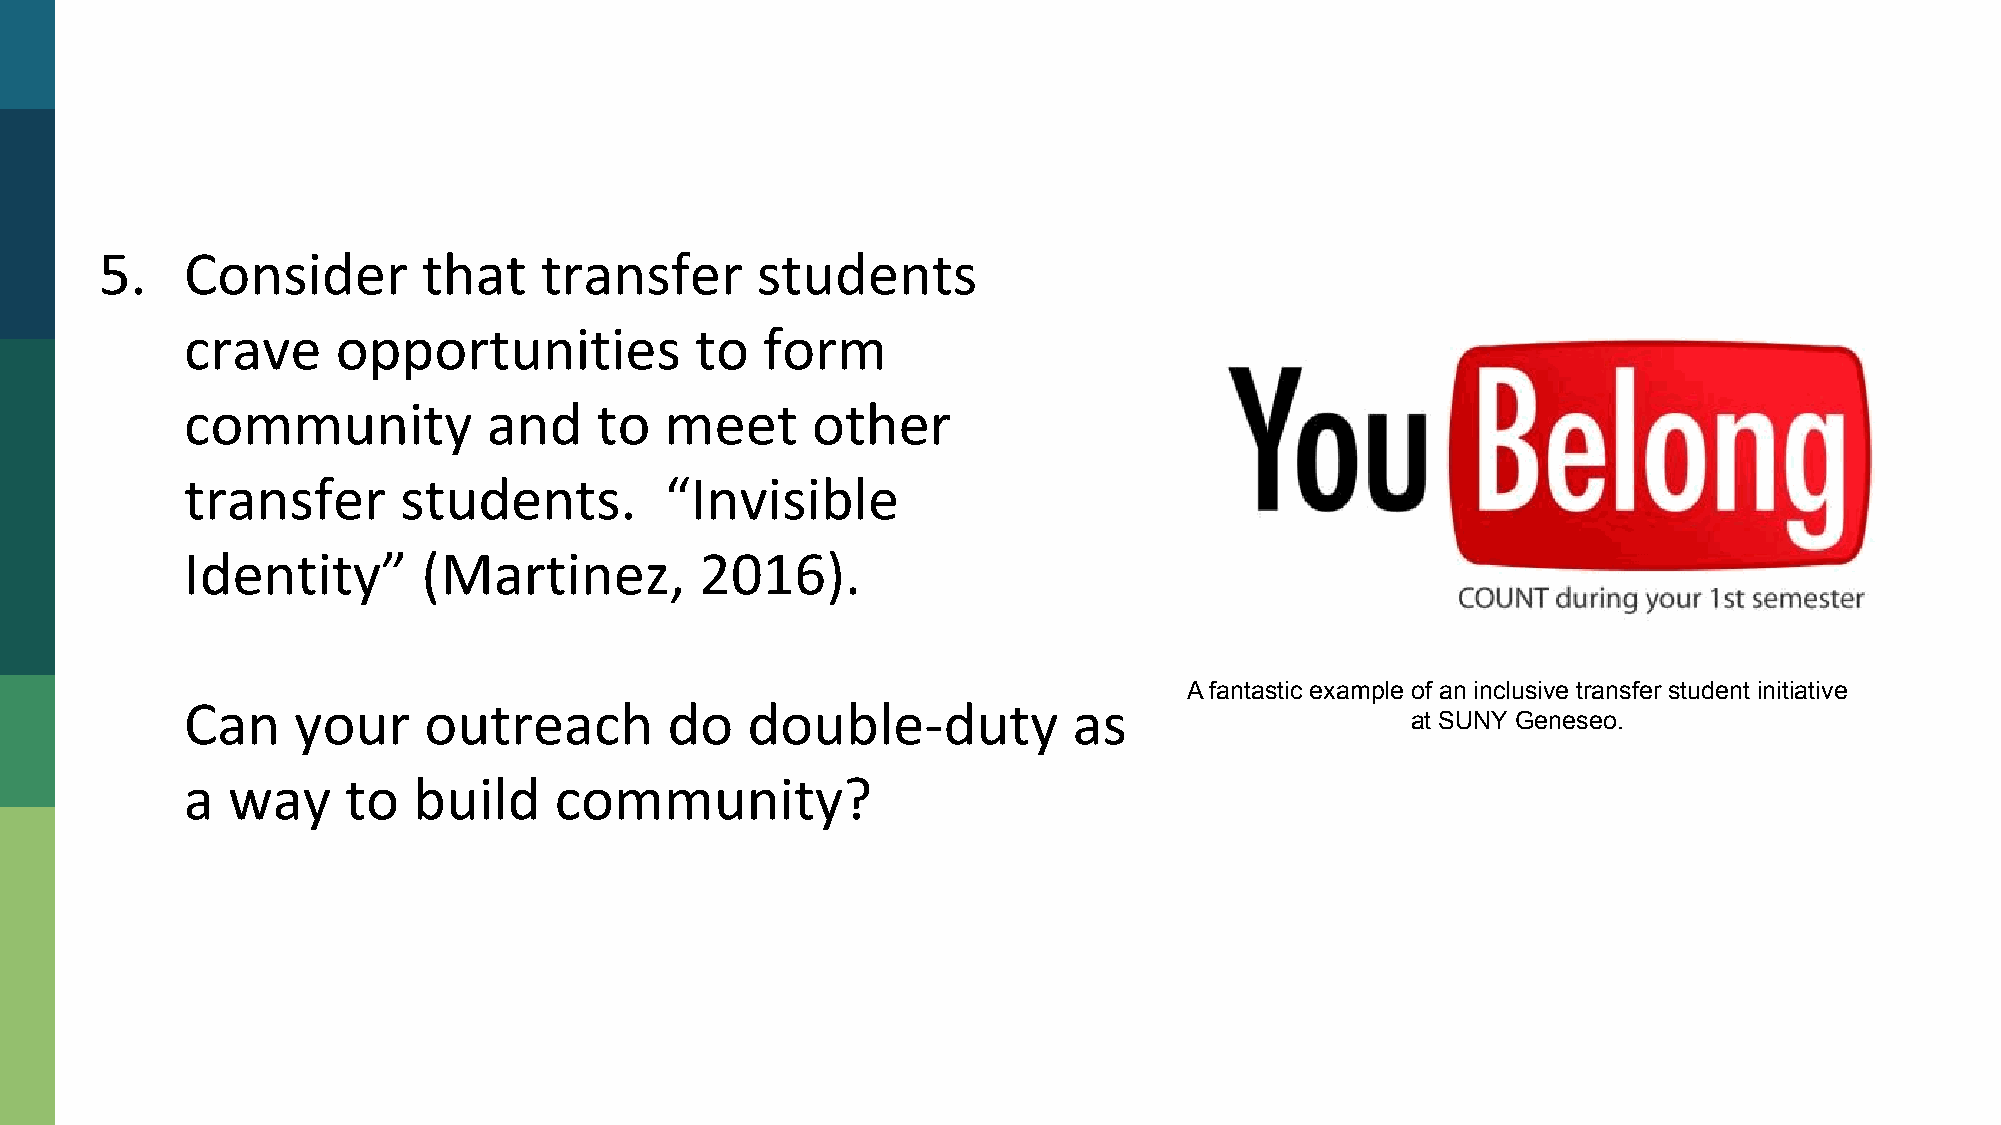
What       Should       We     Do?
 A fantastic example of an inclusive transfer student initiative
 at SUNY Geneseo.